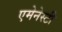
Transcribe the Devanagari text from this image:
एमेनेस्टी